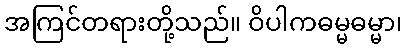
အကြင်တရားတို့သည်။ ဝိပါကဓမ္မဓမ္မာ၊